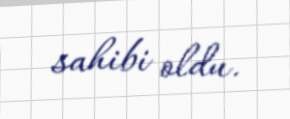
sahibi oldu.